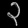
Digit: ၃